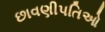
છાવણીપતિઓ